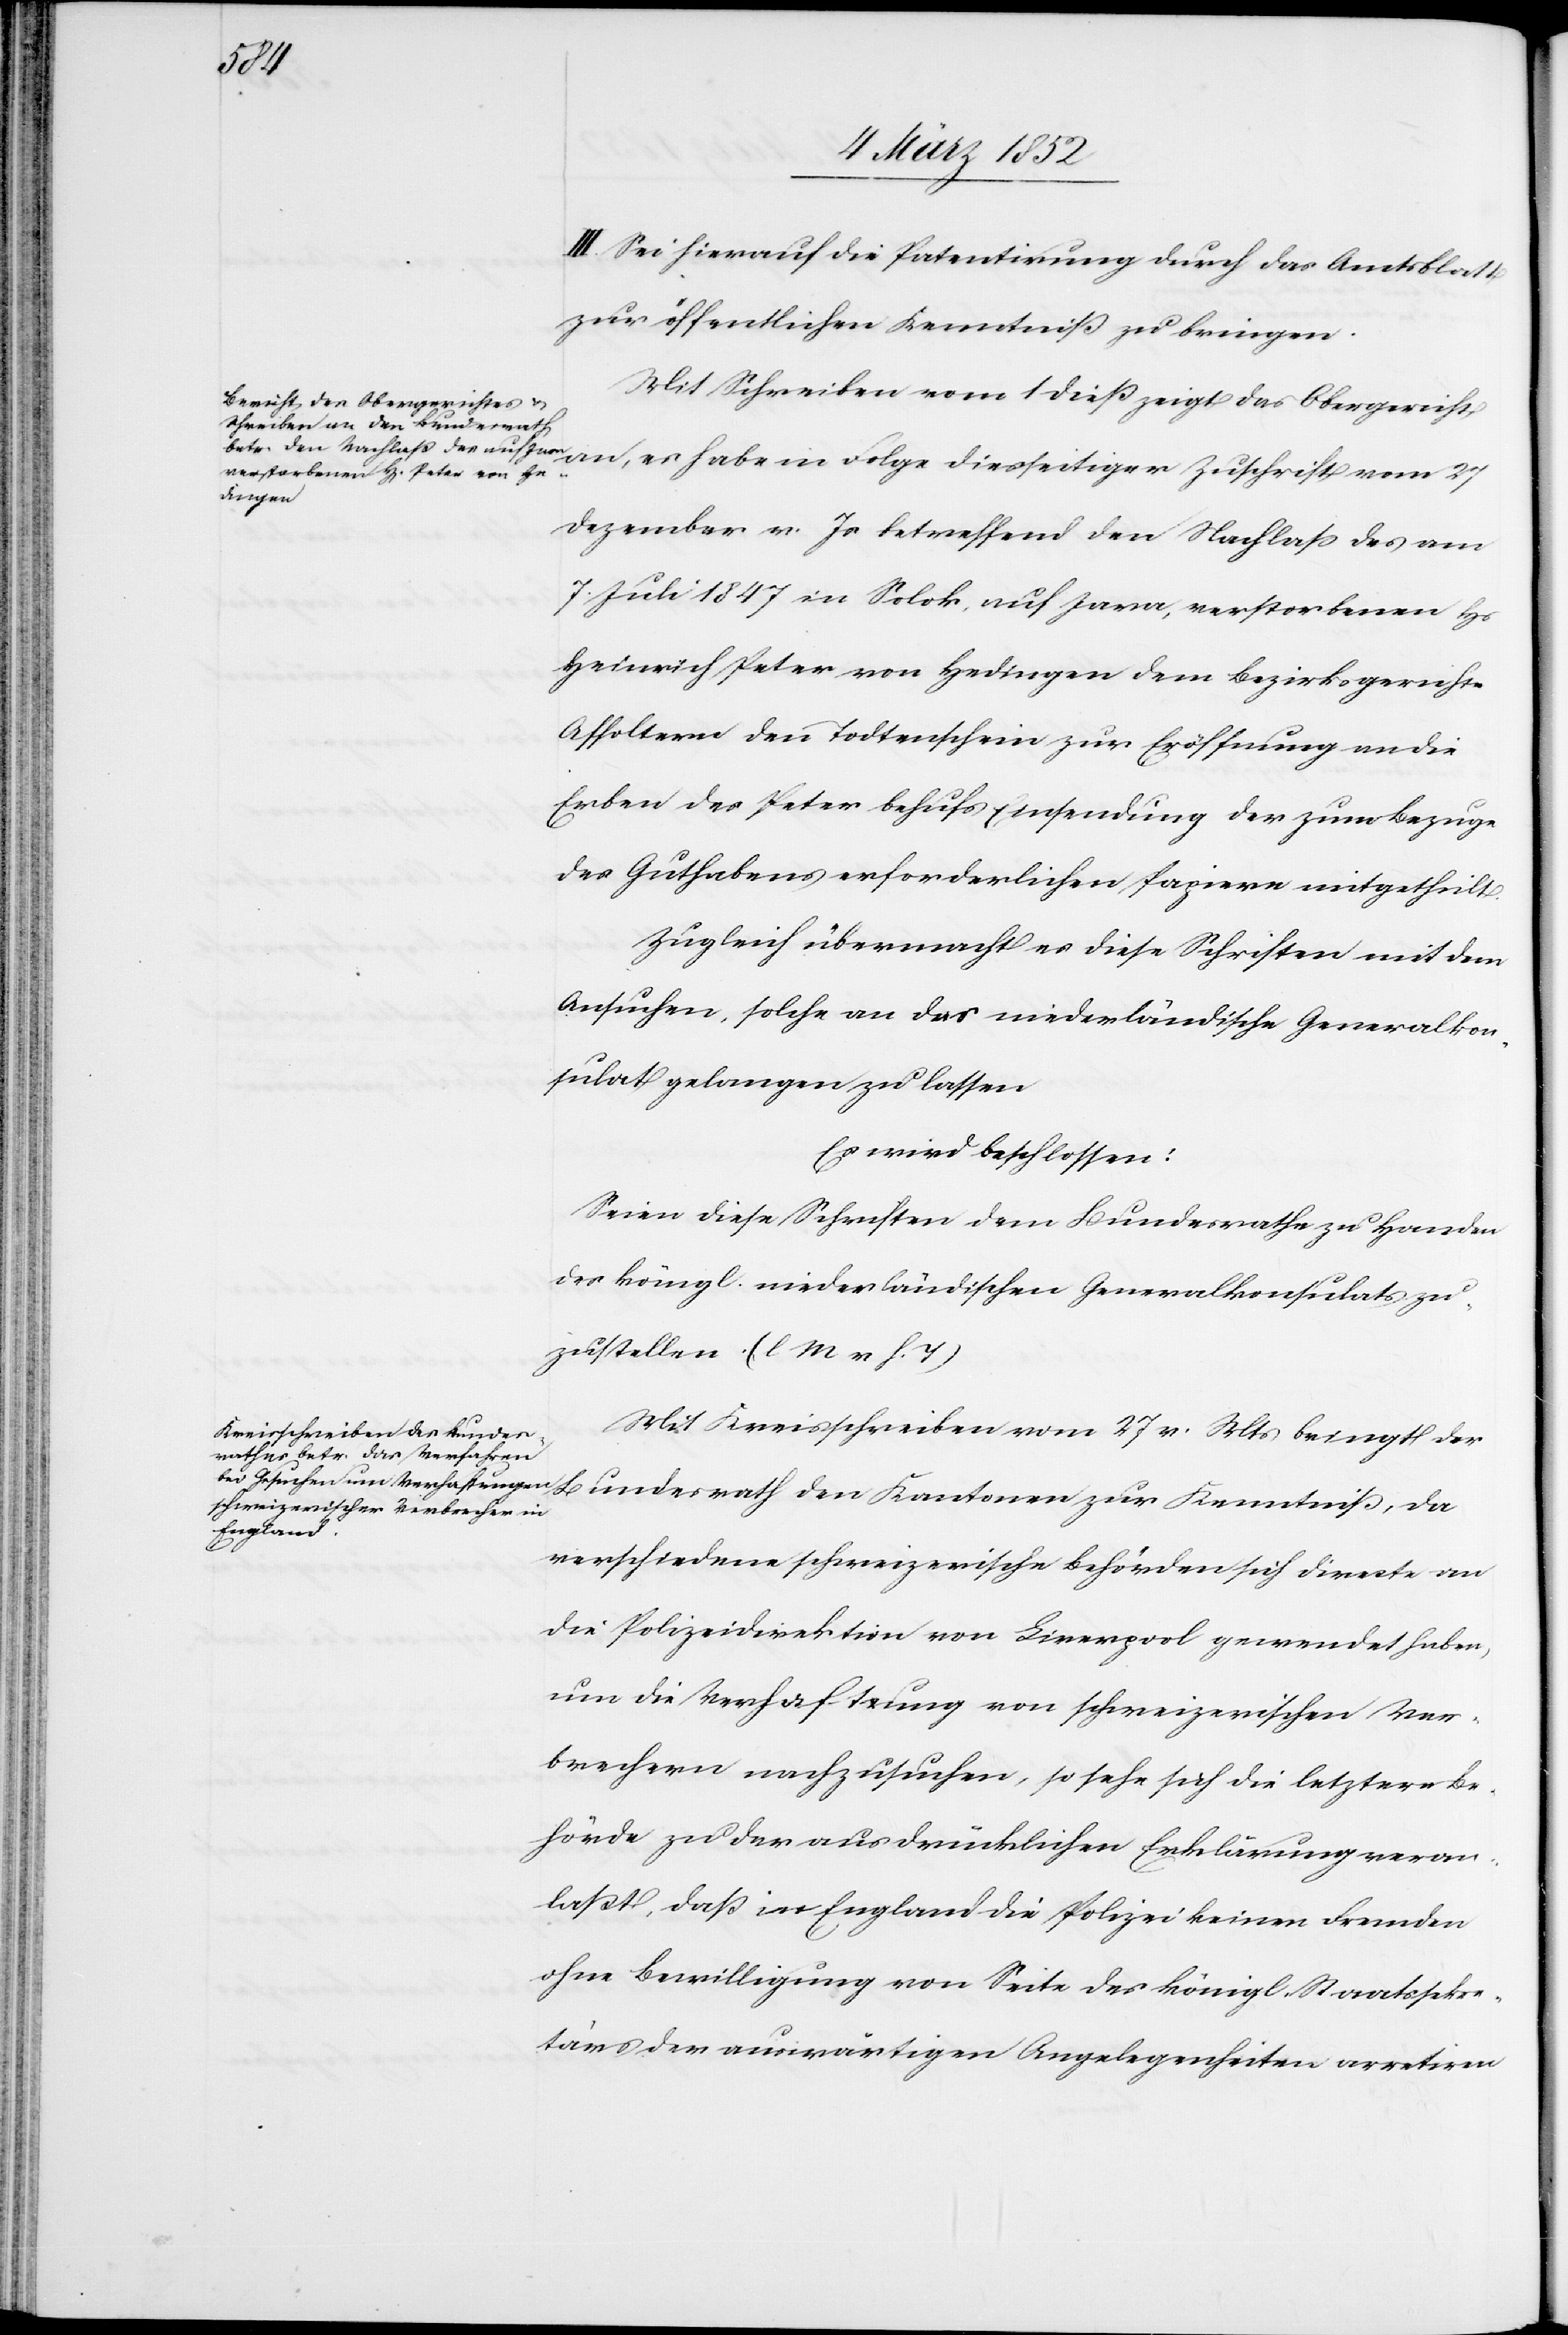
III. Sei hierauf die Patentirung durch das Amtsblatt
zur öffentlichen Kenntniß zu bringen.
Mit Schreiben vom 1 dieß zeigt das Obergericht
Dezember v. Js betreffend den Nachlaß des am
7. Juli 1847 in Solok, auf Java, verstorbenen Hs
Heinrich Peter von Hedingen dem Bezirksgerichte
Affoltern den Todtenschein zur Eröffnung an die
Erben des Peter behufs Einsendung der zum Bezuge
des Guthabens erforderlichen Papiere mitgetheilt.
Zugleich übermacht es diese Schriften mit dem
Ansuchen, solche an das niederländische Generalkon¬
sulat gelangen zu lassen.
Es wird beschlossen:
Seien diese Schriften dem Bundesrathe zu Handen
des köngl. niederländischen Generalkonsulats zu¬
zustellen. (l M v h. T)
Mit Kreisschreiben vom 27 v. Mts bringt der
Bundesrath den Kantonen zur Kenntnis, da
verschiedene schweizerische Behörden sich directe an
die Polizeidirection von Liverpool gewendet haben,
um die Verhaftung von schweizerischen Ver¬
brechern nachzusuchen, so sehe sich die letztere Be¬
hörde zu der ausdrücklichen Erklärung veran¬
laßt, daß in England die Polizei keinen Fremden
ohne Bewilligung von Seite des königl. Staatssekre¬
tärs der auswärtigen Angelegenheiten arretiren